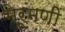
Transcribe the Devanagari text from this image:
मेरूमणी